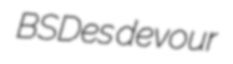
BSDes devour